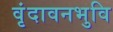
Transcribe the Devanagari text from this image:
वृंदावनभुवि